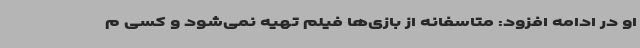
او در ادامه افزود: متاسفانه از بازی‌ها فیلم‌ تهیه نمی‌شود و کسی م